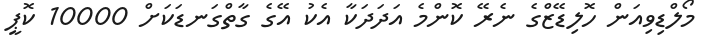
މޯލްޑިވިއަން ހޮލިޑޭޒްގެ ނެރޭ ކޮންމެ އަދަދަކާ އެކު އޭގެ ގާތްގަނޑަކަށް 10000 ކޮޕީ